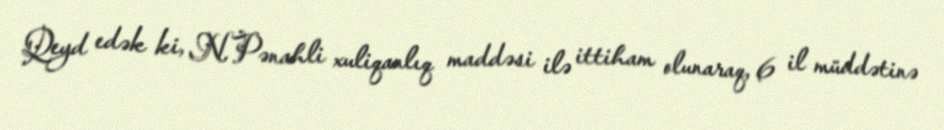
Qeyd edək ki, N.Pənahli xuliqanlıq maddəsi ilə ittiham olunaraq, 6 il müddətinə